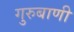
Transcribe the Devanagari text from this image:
गुरुबाणी